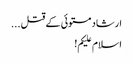
ارشاد مستوئی کے قتل ...
اسلام علیکم!